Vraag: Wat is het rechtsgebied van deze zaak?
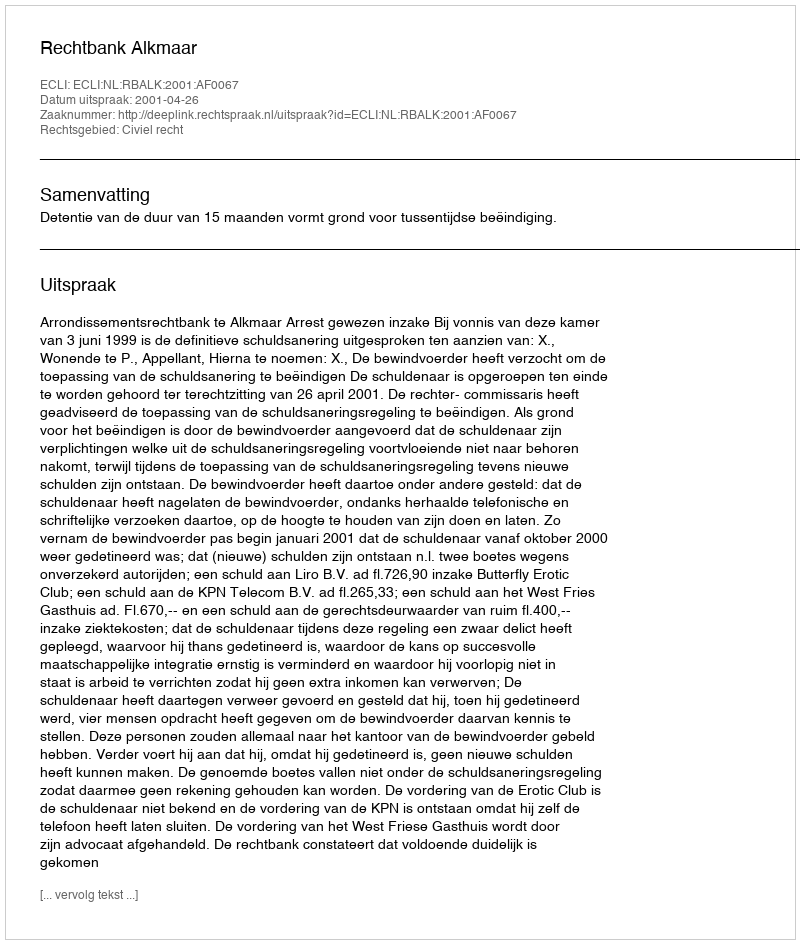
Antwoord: Civiel recht